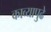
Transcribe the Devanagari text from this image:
काव्यापुढे